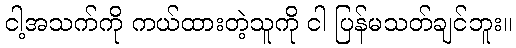
ငါ့အသက်ကို ကယ်ထားတဲ့သူကို ငါ ပြန်မသတ်ချင်ဘူး။